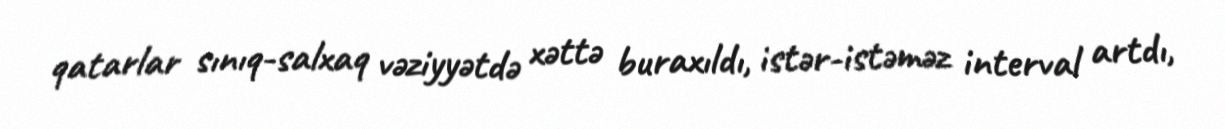
qatarlar sınıq-salxaq vəziyyətdə xəttə buraxıldı, istər-istəməz interval artdı,